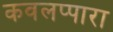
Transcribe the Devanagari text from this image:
कवलप्पारा